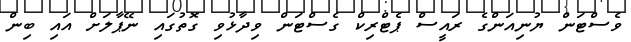
ވެސްޓަން ޔުނިއަންގެ ރައީސް ޕެޓްރިކް ގެސްޓަން ވިދާޅުވި ގޮތުގައި ނޭޕާލަށް އައި ބިން